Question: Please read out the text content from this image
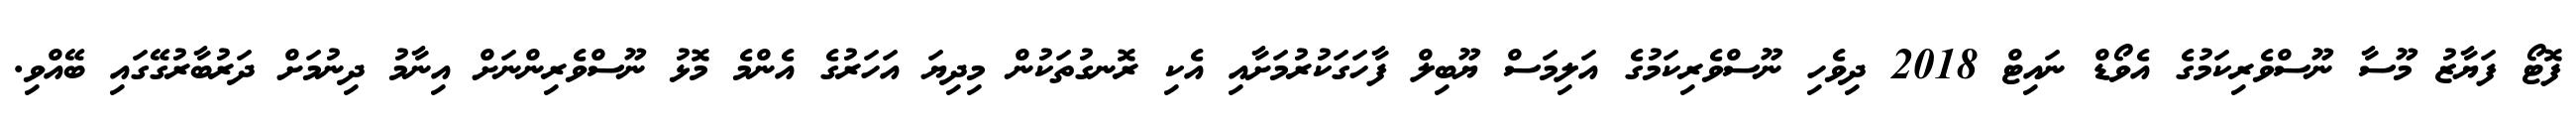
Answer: ފޮޓޯ ފަޔާޒު މޫސާ ނޫސްވެރިކަމުގެ އެވޯޑް ނައިޓް 2018 ދިވެހި ނޫސްވެރިކަމުގެ އަލިމަސް ޔޫބިލް ފާހަގަކުރުމަށާއި އެކި ރޮނގުތަކުން މިދިޔަ އަހަރުގެ އެންމެ މޮޅު ނޫސްވެރިންނަށް އިނާމު ދިނުމަށް ދަރުބާރުގޭގައި ބޭއްވި.